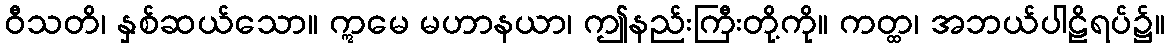
ဝီသတိ၊ နှစ်ဆယ်သော။ ဣမေ မဟာနယာ၊ ဤနည်းကြီးတို့ကို။ ကတ္ထ၊ အဘယ်ပါဠိရပ်၌။